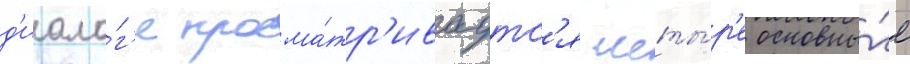
д'иало́г'е просма́тр'иваутс'я четы́р'е основны́е